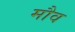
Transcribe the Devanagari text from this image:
मौव